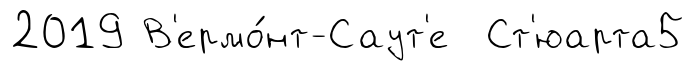
2019 В'ермо́нт-Саут'е Ст'юарта5